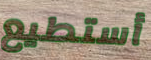
أستطيع